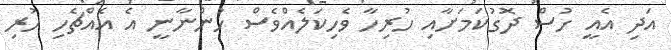
އަދި އެއީ ހުސް ދޮގުކަމަށާއި ހުރިހާ ވެހިކަލެއްވެސް ހުންނާނީ އެ އެއްޗެހި ހުރި